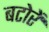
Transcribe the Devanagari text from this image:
बटोरें